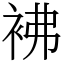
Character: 𧙂